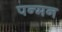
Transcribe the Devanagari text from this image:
पन्मन